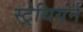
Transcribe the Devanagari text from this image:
स्ट्रेथियर्न